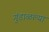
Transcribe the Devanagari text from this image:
गुंडाळल्या